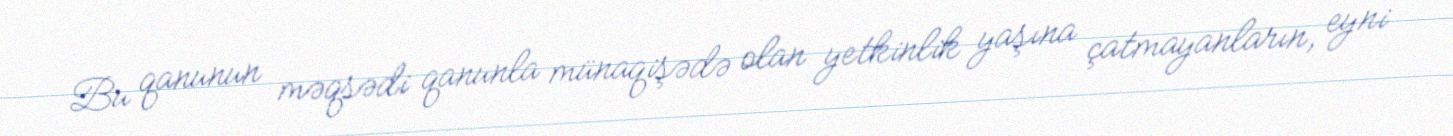
Bu qanunun məqsədi qanunla münaqişədə olan yetkinlik yaşına çatmayanların, eyni